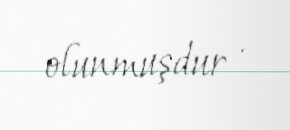
olunmuşdur .